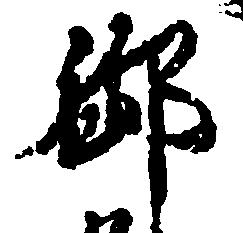
御